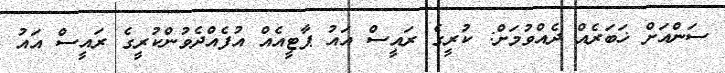
ސަންއަށް ޚަބަރެއް ދެއްވުމަށް: ކުރީގެ ރައީސް އައު ޕާޓީއެއް އުފެއްދެވުންކުރީގެ ރައީސް އައު